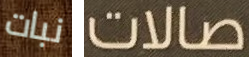
نبات صالات